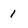
Character: 1